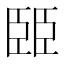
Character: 𦣩